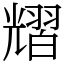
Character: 𦒉